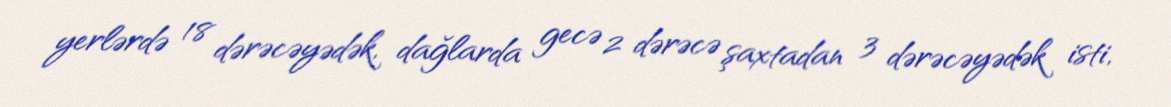
yerlərdə 18 dərəcəyədək, dağlarda gecə 2 dərəcə şaxtadan 3 dərəcəyədək isti,